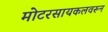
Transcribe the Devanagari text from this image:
मोटरसायकलवरून